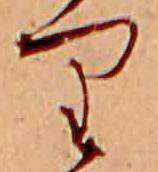
り